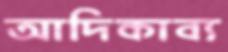
আদিকাব্য